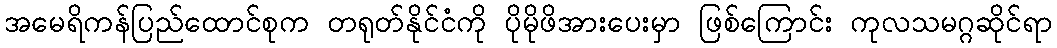
အမေရိကန်ပြည်ထောင်စုက တရုတ်နိုင်ငံကို ပိုမိုဖိအားပေးမှာ ဖြစ်ကြောင်း ကုလသမဂ္ဂဆိုင်ရာ